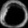
Digit: ၀